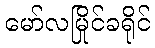
မော်လမြိုင်ခရိုင်